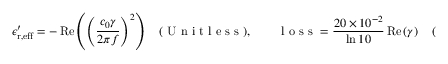
\epsilon _ { \mathrm { r , e f f } } ^ { \prime } = - \operatorname { R e } \left( { \left( \frac { c _ { 0 } \gamma } { 2 \pi f } \right) ^ { 2 } } \right) \quad ( \mathrm { ~ U ~ n ~ i ~ t ~ l ~ e ~ s ~ s ~ } ) , \qquad \mathrm { ~ l ~ o ~ s ~ s ~ } = \frac { 2 0 \times 1 0 ^ { - 2 } } { \ln 1 0 } \operatorname { R e } \left( { \gamma } \right) \quad ( \mathrm { ~ d ~ B ~ / ~ c ~ m ~ } ) ,